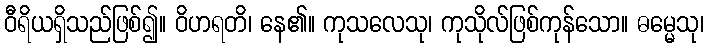
ဝီရိယရှိသည်ဖြစ်၍။ ဝိဟရတိ၊ နေ၏။ ကုသလေသု၊ ကုသိုလ်ဖြစ်ကုန်သော။ ဓမ္မေသု၊